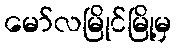
မော်လမြိုင်မြို့မှ